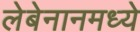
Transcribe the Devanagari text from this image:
लेबेनानमध्ये